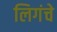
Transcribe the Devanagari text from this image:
लिगंचे